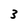
Character: 3